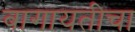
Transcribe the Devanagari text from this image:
बागायतीचा